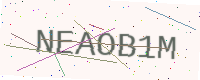
Text: NEAOB1M